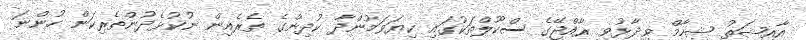
އާއިޝަތު ޝިހާމް ވިދާޅުވީ ރާއްޖޭގެ ސްކޫލްތަކުގައި ކިޔަވަމުންދާ ކުދިންގެ ތެރެއިން ނުކުޅެދުންތެރިކަން ހުންނަ